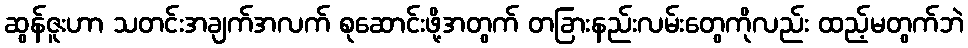
ဆွန်ဇူးဟာ သတင်းအချက်အလက် စုဆောင်းဖို့အတွက် တခြားနည်းလမ်းတွေကိုလည်း ထည့်မတွက်ဘဲ